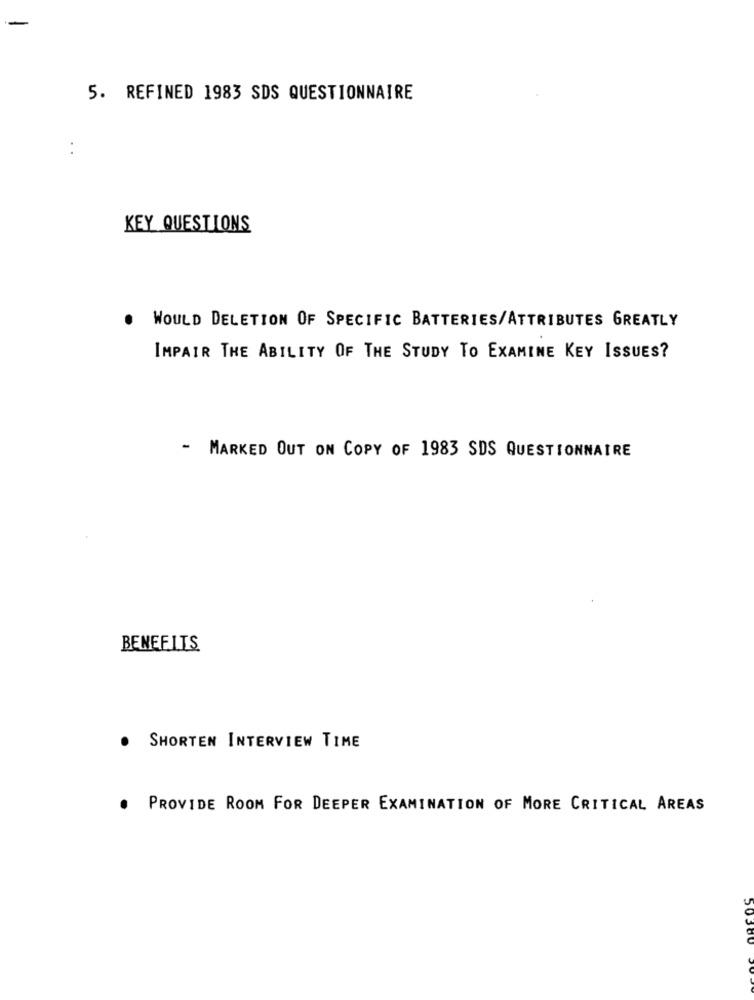
5. REFINED 1983 SDS QUESTIONNAIRE
KEY QUESTIONS
.
WOULD DELETION OF SPECIFIC BATTERIES/ATTRIBUTES GREATLY
IMPAIR THE ABILITY OF THE STUDY TO EXAMINE KEY ISSUES?
- MARKED OUT ON COPY OF 1983 SDS QUESTIONNAIRE
BENEFITS
.
SHORTEN INTERVIEW TIME
.
PROVIDE ROOM FOR DEEPER EXAMINATION OF MORE CRITICAL AREAS
50300